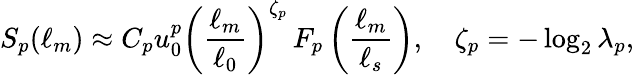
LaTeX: S_{p}(\ell_{m})\approx C_{p}u_{0}^{p}\left(\frac{\ell_{m}}{\ell_{0}}\right)^{\zeta_{p}}\, F_{p}\left(\frac{\ell_{m}}{\ell_{s}}\right),\quad\zeta_{p}=-\log_{2}\lambda_{p},